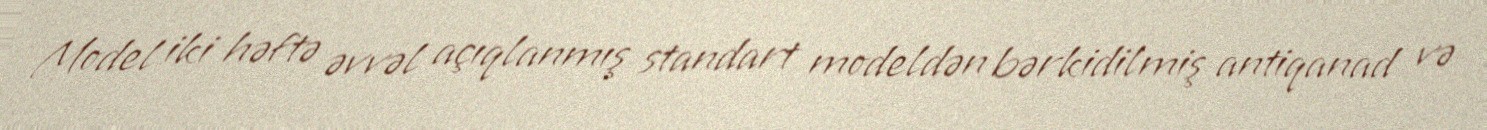
Model iki həftə əvvəl açıqlanmış standart modeldən bərkidilmiş antiqanad və